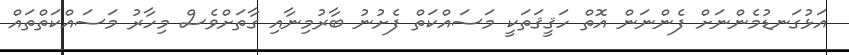
އަޅުގަނޑުމެންނަށް ފެންނަން އޮތް ހަޤީޤަތަކީ މަސައްކަތް ފެށުނު ބާރުމިނާއި ގާތަށްވެސް މިހާރު މަސައްކަތްތައް